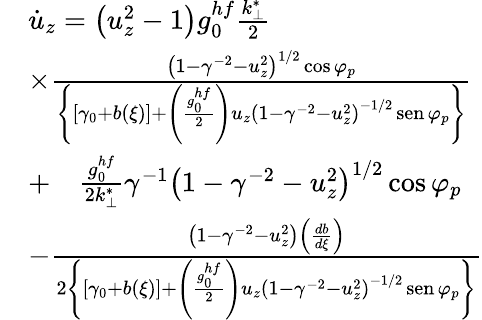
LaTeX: \begin{array}{rl}&{\dot{u}_{z}=\left(u_{z}^{2}-1\right)g_{0}^{hf}\frac{k_{\perp}^{*}}{2}}\\ &{\times\frac{\left(1-\gamma^{-2}-u_{z}^{2}\right)^{1/2}\cos\varphi_{p}}{\left\{ \left[\gamma_{0}+b(\xi)\right]+\left(\frac{g_{0}^{hf}}{2}\right)u_{z}\left(1-\gamma^{-2}-u_{z}^{2}\right)^{-1/2}\operatorname{sen}\varphi_{p}\right\} }}\\ &{+\quad\frac{g_{0}^{hf}}{2k_{\perp}^{*}}\gamma^{-1}\left(1-\gamma^{-2}-u_{z}^{2}\right)^{1/2}\cos\varphi_{p}}\\ &{-\frac{\left(1-\gamma^{-2}-u_{z}^{2}\right)\left(\frac{db}{d\xi}\right)}{2\left\{ \left[\gamma_{0}+b(\xi)\right]+\left(\frac{g_{0}^{hf}}{2}\right)u_{z}\left(1-\gamma^{-2}-u_{z}^{2}\right)^{-1/2}\operatorname{sen}\varphi_{p}\right\} }}\end{array}